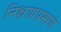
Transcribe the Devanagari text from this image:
निश्चयाप्रमाणे